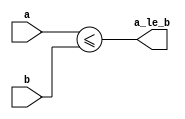
module comparator #(
    parameter Nbr = 4
)(
    a,
    b,
    a_le_b
);
    input [(2*Nbr-1):0] a;
    input [(2*Nbr-1):0] b;
    output a_le_b;

    assign a_le_b = (a <= b);

endmodule

/*
module comparator_sync #(
    parameter Nbr = 4
)(
    clk, 
    rst,
    a,
    b,
    a_le_b
);
    input clk, rst;
    input [(2*Nbr-1):0] a;
    input [(2*Nbr-1):0] b;
    output a_le_b;

    reg a_le_b;
    always @(posedge clk or negedge rst) begin
        if (!rst) begin
            a_le_b <= 1'b0;
        end else begin
            a_le_b <= (a <= b);
        end
    end

endmodule
*/